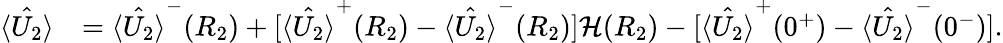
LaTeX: \begin{array}{rl}{\hat{\langle U_{2}\rangle}}&{=\hat{\langle U_{2}\rangle}^{-}(R_{2})+[\hat{\langle U_{2}\rangle}^{+}(R_{2})-\hat{\langle U_{2}\rangle}^{-}(R_{2})]\mathcal{H}(R_{2})-[\hat{\langle U_{2}\rangle}^{+}(0^{+})-\hat{\langle U_{2}\rangle}^{-}(0^{-})].}\end{array}